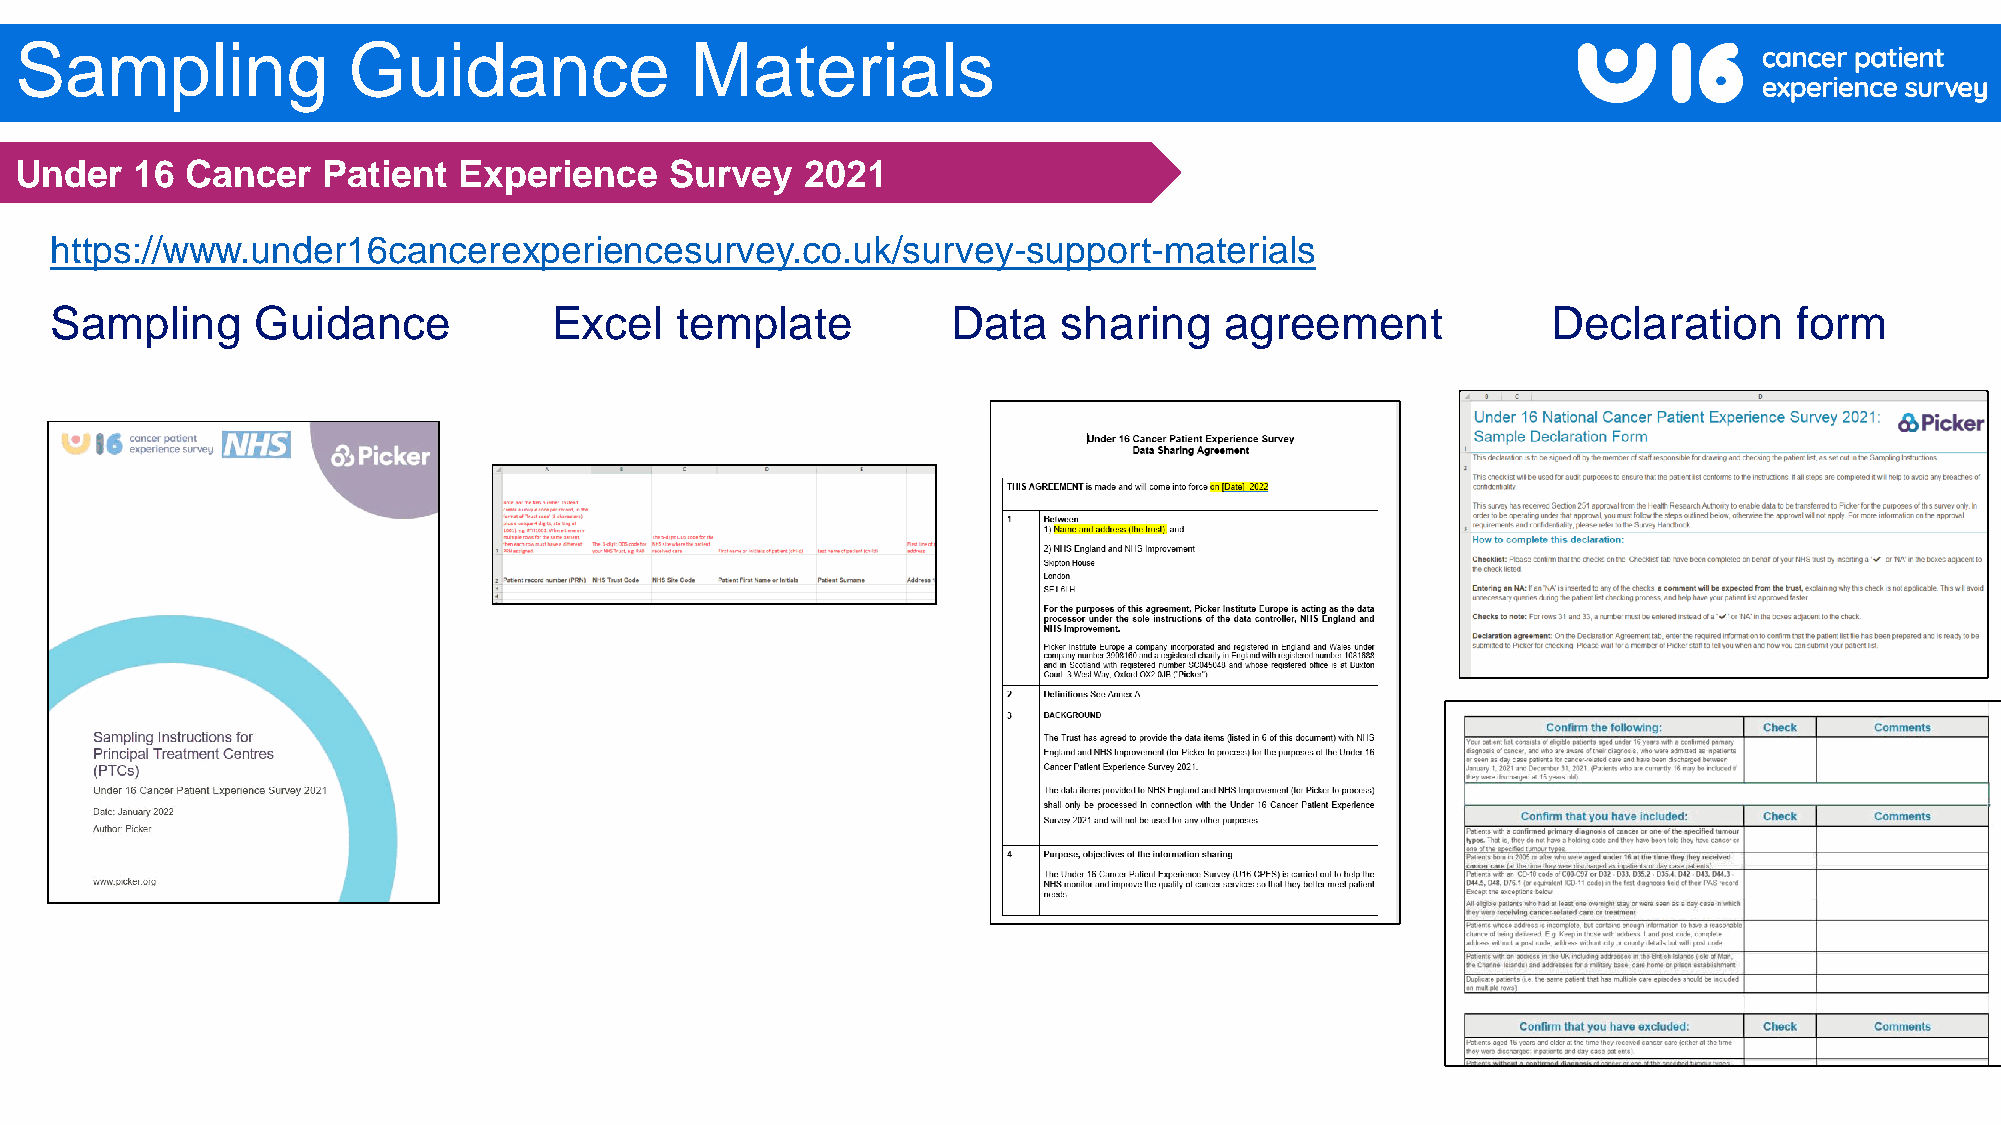
Sampling              Guidance               Materials
 Under   16 Cancer   Patient  Experience    Survey   2021
 https://www.under16cancerexperiencesurvey.co.uk/survey-support-materials
 Sampling      Guidance            Excel   template          Data   sharing    agreement             Declaration     form